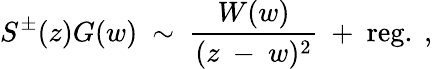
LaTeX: S^{\pm}(z)G(w){}~\sim{}~{\frac{W(w)}{(z{}~-{}~w)^{2}}}{}~+{}~\mathrm{reg}.{}~,